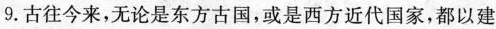
9.古往今来，无论是东方古国，或是西方近代国家，都以建